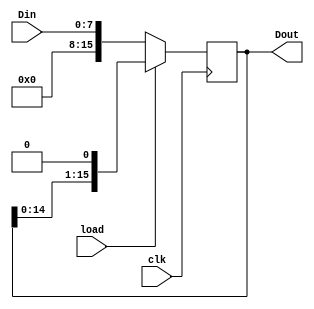
module SLreg16(Din,load,clk,Dout);
input[7:0] Din;
input load,clk;
output[15:0] Dout;
reg[15:0] Dout;
wire[15:0] nDout;

always @(posedge clk)
  Dout<=nDout;

assign nDout=(load)?{Dout[14:0],1'b0}:{8'd0,Din};

endmodule